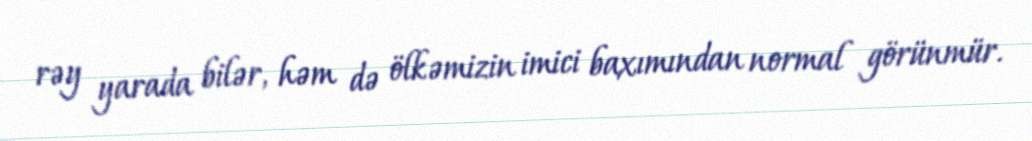
rəy yarada bilər, həm də ölkəmizin imici baxımından normal görünmür.